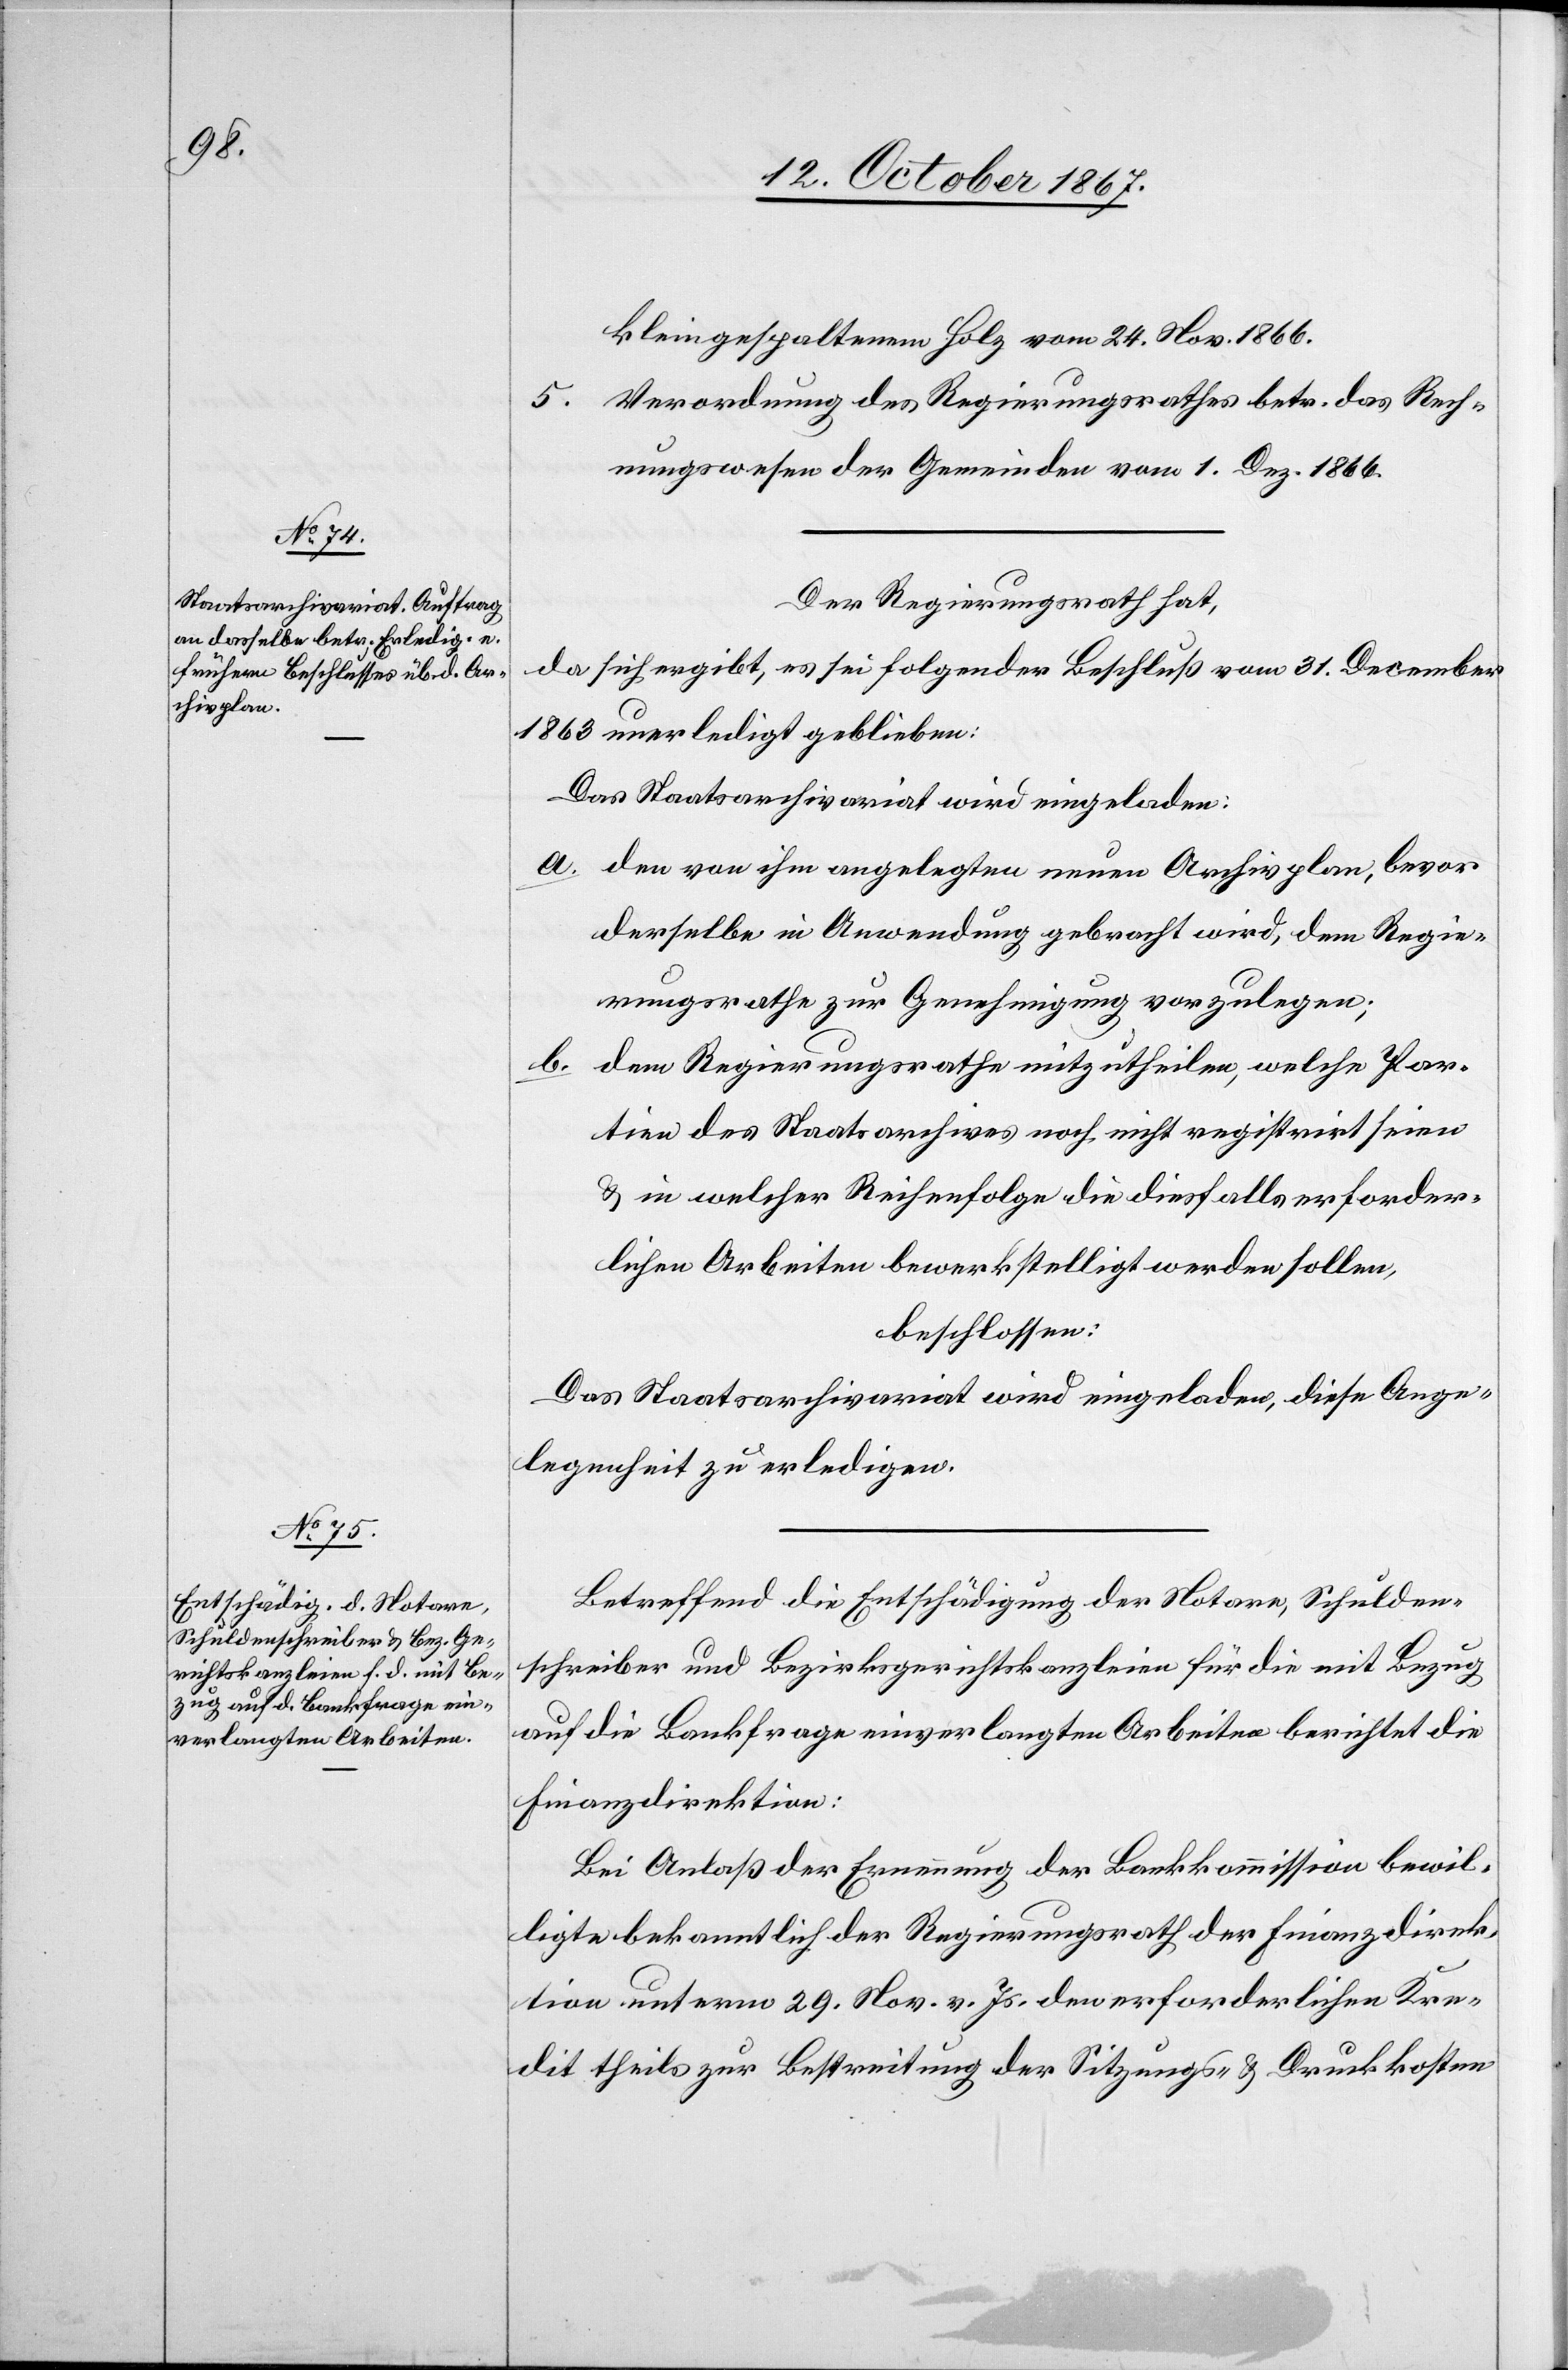
kleingespaltenem Holz vom 24. Nov. 1866.
5. Verordnung des Regierungsrathes betr. das Rech¬
nungswesen der Gemeinden vom 1. Dez. 1866.
Der Regierungsrath hat,
da sich ergibt, es sei folgender Beschluß vom 31. December
1863 unerledigt geblieben:
Das Staatsarchivariat wird eingeladen:
a. den von ihm angelegten neuen Archivplan, bevor
derselbe in Anwendung gebracht wird, dem Regie¬
rungsrathe zur Genehmigung vorzulegen;
b.
dem Regierungsrathe mitzutheilen, welche Pap¬
iere des Staatsarchives noch nicht registrirt seien
u. in welcher Reihenfolge die diesfalls erforder¬
lichen Arbeiten bewerkstelligt werden sollen,
beschlossen:
Das Staatsarchivariat wird eingeladen, diese Ange¬
legenheit zu erledigen.
Betreffend die Entschädigung der Notare, Schulden¬
schreiber und Bezirksgerichtskanzleien für die mit Bezug
auf die Bankfrage einverlangten Arbeiten berichtet die
Finanzdirektion:
Bei Anlaß der Ernennung der Bankkommission bewil¬
ligte bekanntlich der Regierungsrath der Finanzdirek¬
tion unterm 29. Nov. v. Js. den erforderlichen Kre¬
dit theils zur Bestreitung der Sitzungs- u. Druckkosten